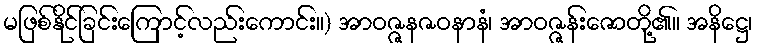
မဖြစ်နိုင်ခြင်းကြောင့်လည်းကောင်း။) အာဝဇ္ဇနဇဝနာနံ၊ အာဝဇ္ဇန်းဇောတို့၏။ အနိဋ္ဌေ၊